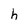
Character: h